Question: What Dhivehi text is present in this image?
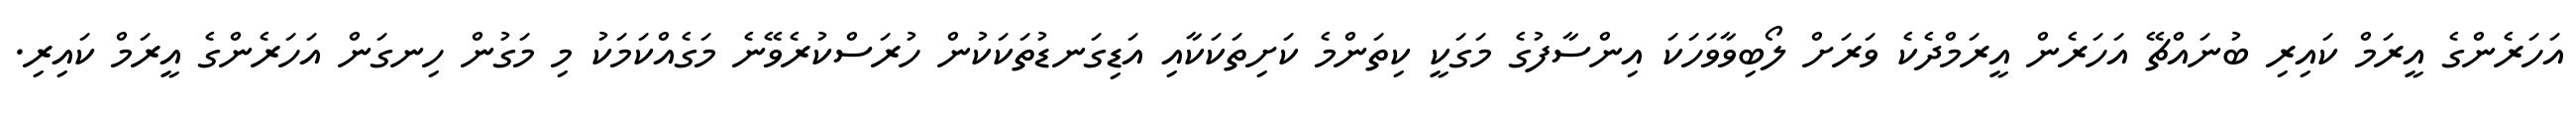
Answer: އަހަރެންގެ އީރަމް ކައިރި ބުނައްޗޭ އަހަރެން އީރަމްދެކެ ވަރަށް ލޯބިވާވަހަކަ އިންސާފުގެ މަގަކީ ކިތަންމެ ކަށިތަކަކާއި އަޑިގަނޑުތަކަކުން ހުރަސްކުރެވޭނެ މަގެއްކަމަކު މި މަގުން ހިނގަން އަހަރެންގެ އީރަމް ކައިރި.